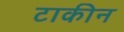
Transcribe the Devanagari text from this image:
टाकीन